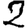
Digit: 2